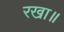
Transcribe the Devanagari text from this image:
रखा॥